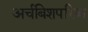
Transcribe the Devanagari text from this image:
अर्चबिशपरिक